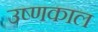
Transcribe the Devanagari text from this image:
उष्णकाल